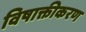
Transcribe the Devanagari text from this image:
विषाक्तीकरण